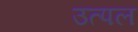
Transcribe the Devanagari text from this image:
उत्‍पल